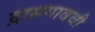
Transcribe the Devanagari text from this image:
द़ासगावची